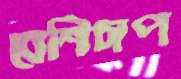
বেশিচাপ